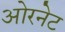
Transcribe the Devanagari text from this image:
ओरनेट